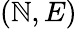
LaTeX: (\mathbb{N},E)